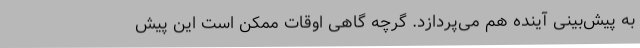
به پیش‌بینی آینده هم می‌پردازد. گرچه گاهی اوقات ممکن است این پیش‌